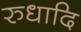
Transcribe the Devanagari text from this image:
रुधादि